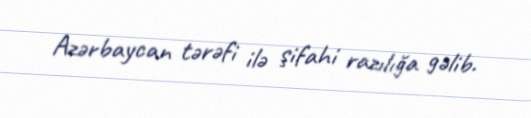
Azərbaycan tərəfi ilə şifahi razılığa gəlib.